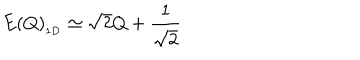
LaTeX: E ( Q ) _ { _ { 1 D } } \simeq \sqrt { 2 } Q + { \frac { 1 } { \sqrt { 2 } } }